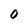
Character: 0